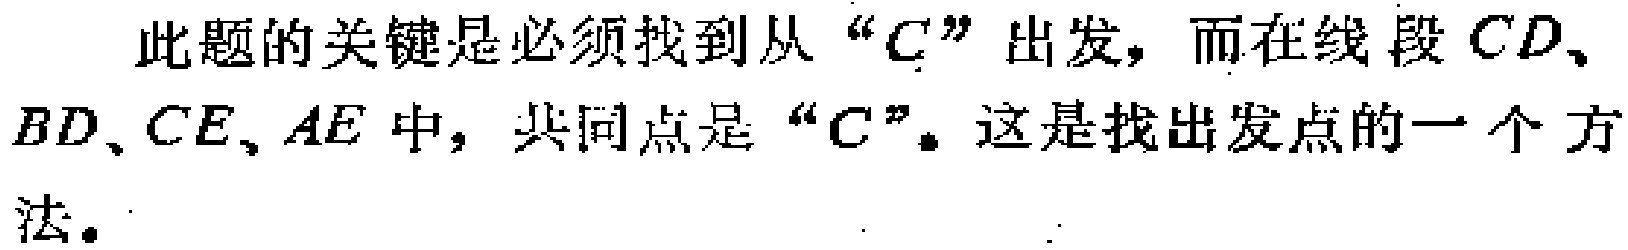
此题的关键是必须找到从“\(C\)”出发，而在线段 \(CD\)、\(BD\)、\(CE\)、\(AE\) 中，共同点是“\(C\)”。这是找出发点的一个方法。